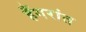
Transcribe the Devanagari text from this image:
हँगरांत